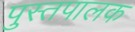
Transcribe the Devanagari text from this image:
पुस्तपालक